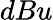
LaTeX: dBu